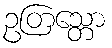
ဥတြသ္တော